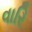
વારિ